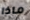
ماذا